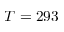
T = 2 9 3